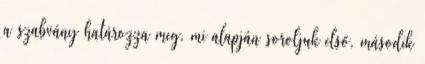
a szabvány határozza meg, mi alapján soroljuk első, második